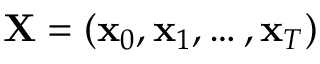
\mathbf { X } = ( \mathbf { x } _ { 0 } , \mathbf { x } _ { 1 } , \dots , \mathbf { x } _ { T } )